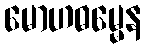
မောဟဓမ္မေန